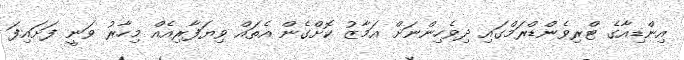
އިންޑިއާގެ ޓްރިވެންޑްރަމްގައި ދިވެހިންނަށް އަމާޒު ކޮށްގެން އެތައް ވިޔަފާރިއެއް މިހާރު ވަނީ ފަށައިފަ